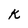
Character: K